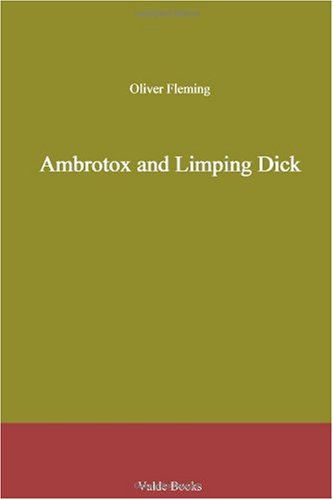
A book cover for Ambrotox and Limping Dick; Oliver Fleming; Crafts, Hobbies & Home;